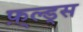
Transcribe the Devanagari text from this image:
फ़्ल्ड्स